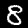
Digit: 8